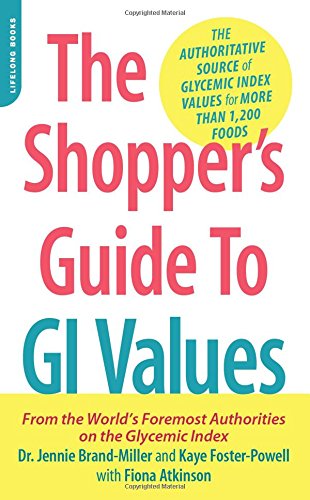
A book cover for The Shopper's Guide to GI Values: The Authoritative Source of Glycemic Index Values for More Than 1,200 Foods (The New Glucose Revolution Series); Dr. Jennie Brand-Miller; Health, Fitness & Dieting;